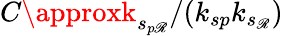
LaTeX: C\approxk_{s_{p\mathscr{R}}}/(k_{sp}k_{s_{\mathscr{R}}})